Lunatic asylums Central Provinces reports 1874-1885 - 1874-1885
Year: 1874
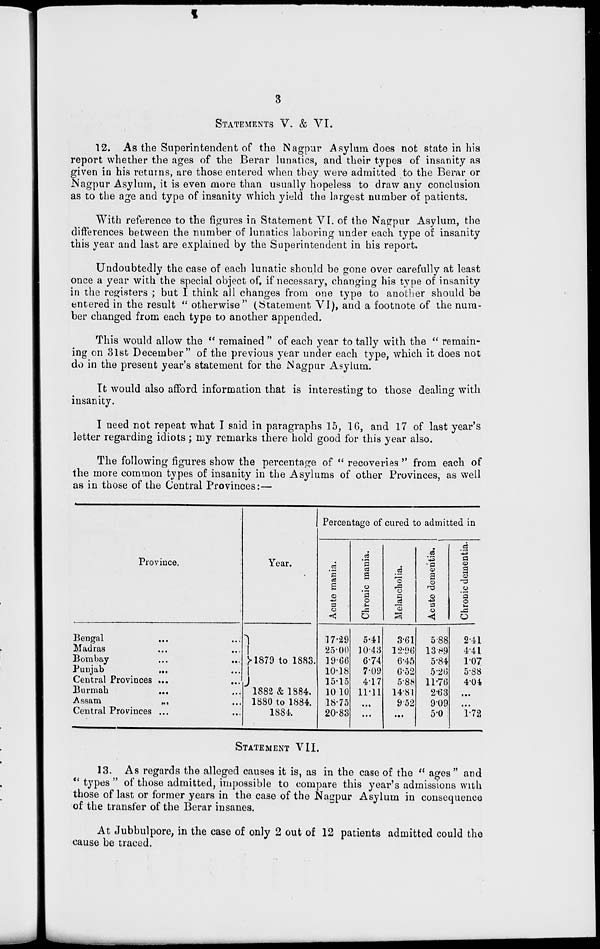
3
STATEMENTS V. & VI.
12. As the Superintendent of the Nagpur Asylum does not state in his
report whether the ages of the Berar lunatics, and their types of insanity as
given in his returns, are those entered when they were admitted to the Berar or
Nagpur Asylum, it is even more than usually hopeless to draw any conclusion
as to the age and type of insanity which yield the largest number of patients.
With reference to the figures in Statement VI. of the Nagpur Asylum, the
differences between the number of lunatics laboring under each type of insanity
this year and last are explained by the Superintendent in his report.
Undoubtedly the case of each lunatic should be gone over carefully at least
once a year with the special object of, if necessary, changing his type of insanity
in the registers ; but I think all changes from one type to another should be
entered in the result " otherwise" (Statement VI), and a footnote of the num-
ber changed from each type to another appended.
This would allow the " remained " of each year to tally with the " remain-
ing on 31st December" of the previous year under each type, which it does not
do in the present year's statement for the Nagpur Asylum.
It would also afford information that is interesting to those dealing with
insanity.
I need not repeat what I said in paragraphs 15, 16, and 17 of last year's
letter regarding idiots; my remarks there hold good for this year also.
The following figures show the percentage of " recoveries " from each of
the more common types of insanity in the Asylums of other Provinces, as well
as in those of the Central Provinces:—
Province.
Bengal ... ...
Madras ... ...
Bombay ... ...
Punjab
...
...
Central Provinces
...
...
Burmah ... ...
Assam
...
...
Central Provinces ... ...
Year.
1879 to 1883.
1882 & 1884.
1880 to 1884.
1884.
Percentage of cured to admitted in
Acute mania.
17.29
25.00
19.66
10.18
15.15
10.10
18.75
20.83
Chronic mania.
5.41
10.43
6.74
7.09
4.17
11.11
...
...
Melancholia.
3.61
12.96
6.45
6.52
5.88
14.81
9.52
...
Acute dementia.
5.88
13.89
5.84
5.26
11.76
2.63
9.09
5.0
Chronic dementia.
2.41
4.41
1.07
5.88
4.04
...
...
1.72
STATEMENT VII.
13. As regards the alleged causes it is, as in the case of the "ages" and
" types " of those admitted, impossible to compare this year's admissions with
those of last or former years in the case of the Nagpur Asylum in consequence
of the transfer of the Berar insanes.
At Jubbulpore, in the case of only 2 out of 12 patients admitted could the
cause be traced.